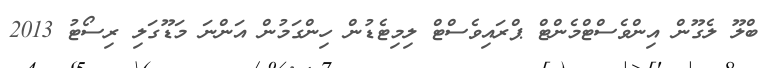
ބްލޫ ލެގޫން އިންވެސްޓްމެންޓް ޕްރައިވެސްޓް ލިމިޓެޑުން ހިންގަމުން އަންނަ މަޑޫގަލި ރިސޯޓު 2013